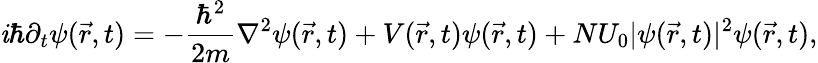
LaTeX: \mathit{i}\hbar\partial_{t}\psi(\vec{{r}},t)=-\frac{{\hbar^{2}}}{{2m}}\nabla^{2}\psi(\vec{{r}},t)+V(\vec{{r}},t)\psi(\vec{{r}},t)+NU_{0}|\psi(\vec{{r}},t)|^{2}\psi(\vec{{r}},t),